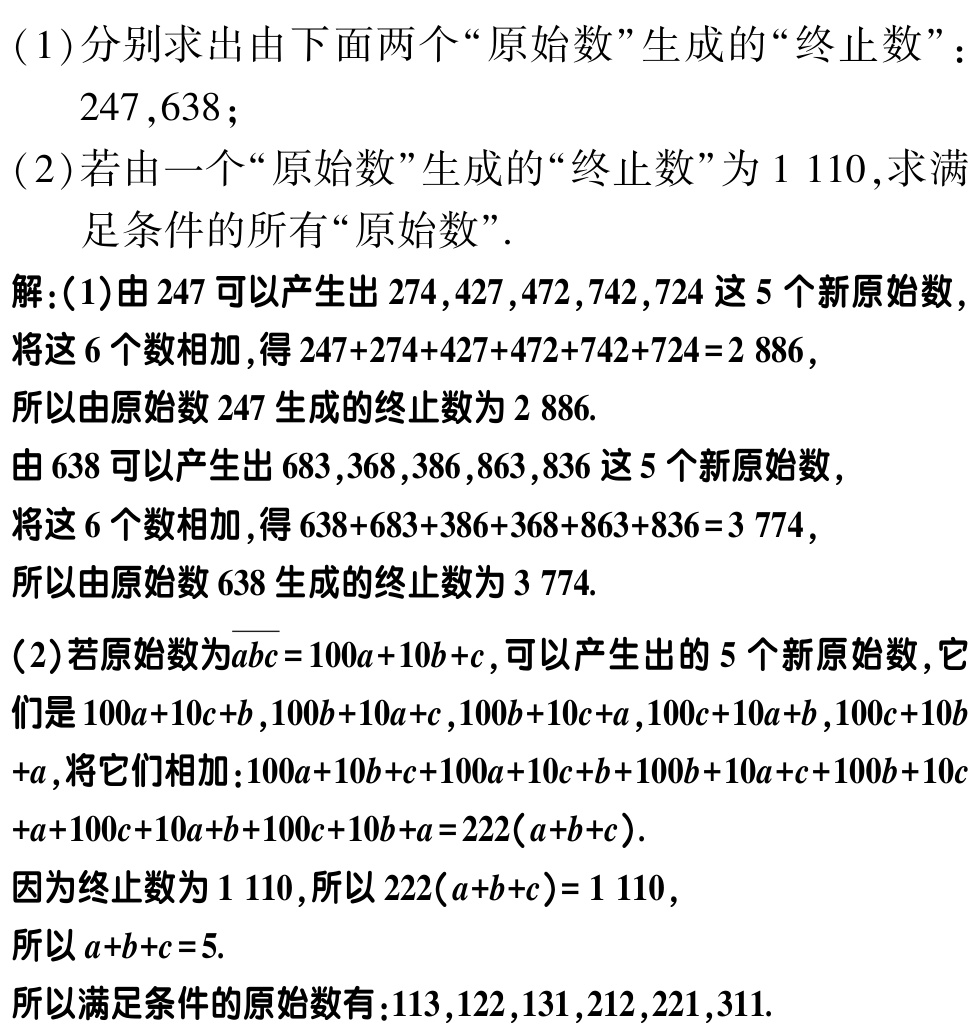
(1)分别求出由下面两个“原始数”生成的“终止数”：
   - \(247,638\)；
(2)若由一个“原始数”生成的“终止数”为 \(1110\)，求满足条件的所有“原始数”。
解：(1)由 \(247\) 可以产生出 \(274,427,472,742,724\) 这 \(5\) 个新原始数，
将这 \(6\) 个数相加，得 \(247 + 274+427+472+742+724 = 2886\)，
所以由原始数 \(247\) 生成的终止数为 \(2886\).
由 \(638\) 可以产生出 \(683,368,386,863,836\) 这 \(5\) 个新原始数，
将这 \(6\) 个数相加，得 \(638+683+386+368+863+836 = 3774\)，
所以由原始数 \(638\) 生成的终止数为 \(3774\).
(2)若原始数为\(\overline{abc}=100a + 10b + c\)，可以产生出的 \(5\) 个新原始数，它们是 \(100a+10c + b,100b + 10a + c,100b+10c + a,100c + 10a + b,100c+10b + a\)，将它们相加：\(100a + 10b + c+100a+10c + b+100b + 10a + c+100b+10c + a+100c + 10a + b+100c+10b + a=222(a + b + c)\).
因为终止数为 \(1110\)，所以 \(222(a + b + c)=1110\)，
所以 \(a + b + c = 5\).
所以满足条件的原始数有：\(113,122,131,212,221,311\).